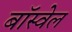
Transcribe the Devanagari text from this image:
बॉस्वेल